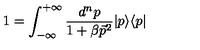
1 = { \int _ { - \infty } ^ { + \infty } \frac { d ^ { n } p } { 1 + \beta \vec { p } ^ { 2 } } } \vert p \rangle \langle p \vert